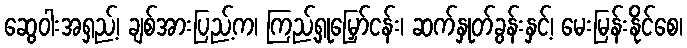
ဆွေဝါးအရှည့်၊ ချစ်အားပြည့်က၊ ကြည့်ရှုမြှော်ငန်း၊ ဆက်နှုတ်ခွန်းနှင့်၊ မေးမြန်းနိုင်စေ၊